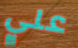
علي